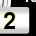
Digit: 2